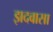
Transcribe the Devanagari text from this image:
झदवासा